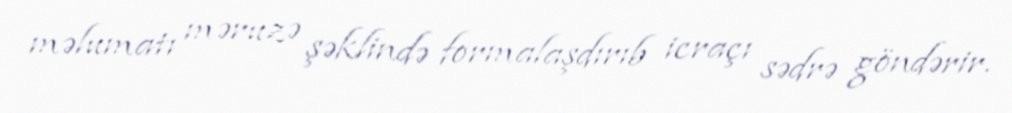
məlumatı məruzə şəklində formalaşdırıb icraçı sədrə göndərir.